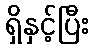
ရှိနှင့်ပြီး